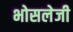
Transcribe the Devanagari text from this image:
भोसलेजी